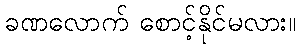
ခဏလောက် စောင့်နိုင်မလား။